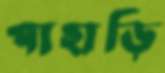
পাহাড়ি